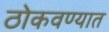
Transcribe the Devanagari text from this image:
ठोकवण्यात